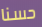
حسنا